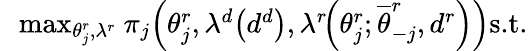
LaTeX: \begin{array}{rl}&{\! \! \operatorname*{max}_{\theta_{j}^{r},\lambda^{r}}\ \! \pi_{j}\! \left(\theta_{j}^{r},\lambda^{d}\! \left(d^{d}\right),\lambda^{r}\! \! \left(\theta_{j}^{r};\overline{{\theta}}_{-j}^{r},d^{r}\right)\right)\textrm{s.t.}}\end{array}